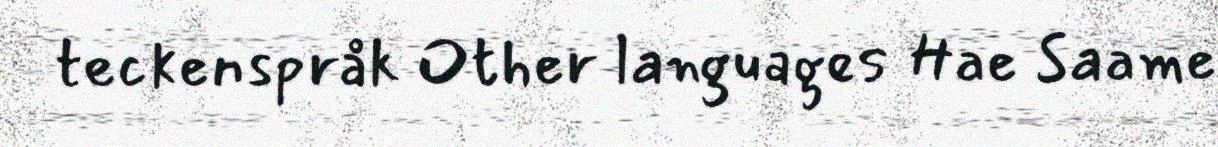
teckenspråk Other languages Hae Saame